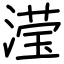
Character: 滢